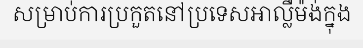
សម្រាប់ការប្រកួតនៅប្រទេសអាល្លឺម៉ង់ក្នុង